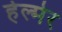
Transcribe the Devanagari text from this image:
हेल्मेर